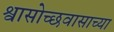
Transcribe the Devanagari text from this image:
श्वासोच्छवासाच्या